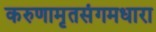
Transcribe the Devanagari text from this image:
करुणामृतसंगमधारा